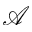
\mathcal { A }